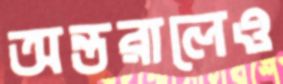
অন্তরালেও